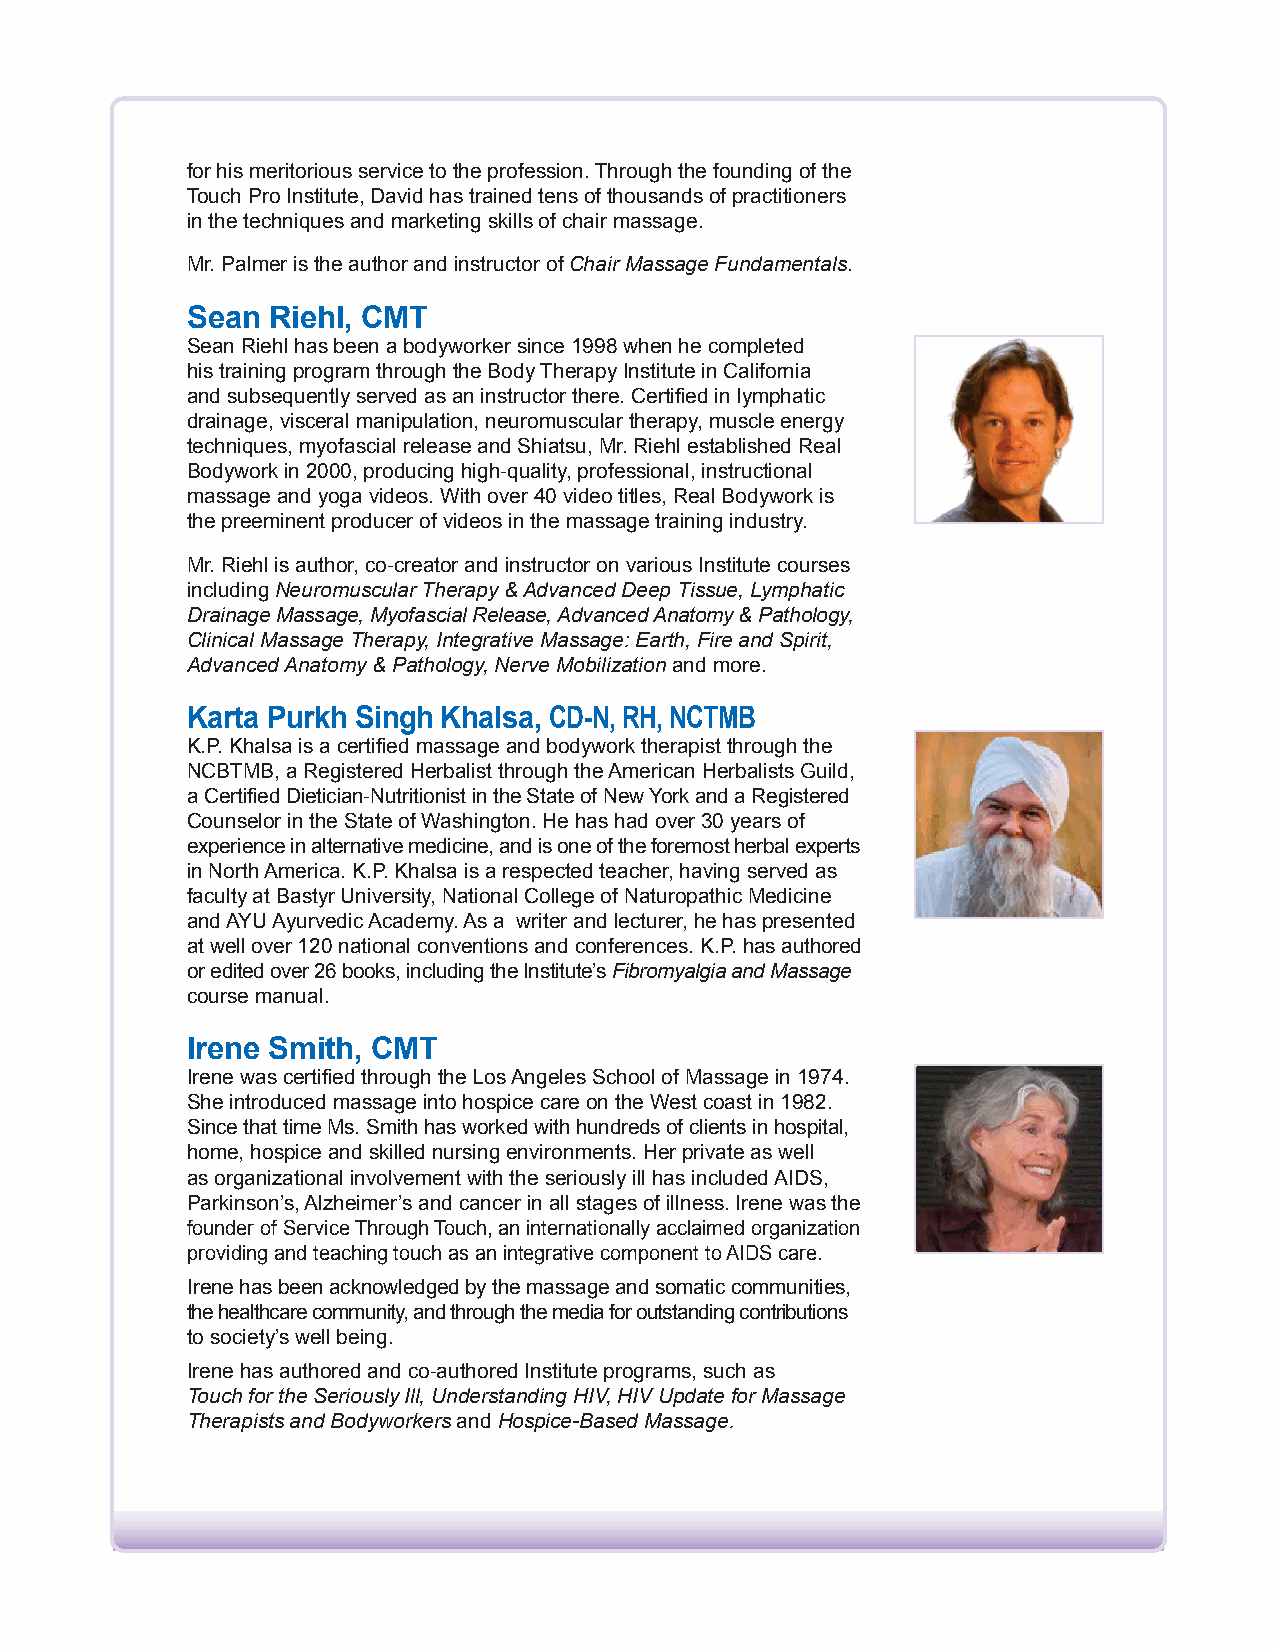
for his meritorious service to the profession. Through the founding of the
 Touch Pro Institute, David has trained tens of thousands of practitioners
 in the techniques and marketing skills of chair massage.
 Mr. Palmer is the author and instructor of Chair Massage Fundamentals.
 Sean  Riehl, CMT
 Sean Riehl has been a bodyworker since 1998 when he completed
 his training program through the Body Therapy Institute in California
 and subsequently served as an instructor there. Certified in lymphatic
 drainage, visceral manipulation, neuromuscular therapy, muscle energy
 techniques, myofascial release and Shiatsu, Mr. Riehl established Real
 Bodywork in 2000, producing high-quality, professional, instructional
 massage and yoga videos. With over 40 video titles, Real Bodywork is
 the preeminent producer of videos in the massage training industry.
 Mr. Riehl is author, co-creator and instructor on various Institute courses
 including Neuromuscular Therapy & Advanced Deep Tissue, Lymphatic
 Drainage Massage, Myofascial Release, Advanced Anatomy & Pathology,
 Clinical Massage Therapy, Integrative Massage: Earth, Fire and Spirit,
 Advanced Anatomy & Pathology, Nerve Mobilization and more.
 Karta Purkh Singh Khalsa, CD-N, RH, NCTMB
 K.P. Khalsa is a certified massage and bodywork therapist through the
 NCBTMB, a Registered Herbalist through the American Herbalists Guild,
 a Certified Dietician-Nutritionist in the State of New York and a Registered
 Counselor in the State of Washington. He has had over 30 years of
 experience in alternative medicine, and is one of the foremost herbal experts
 in North America. K.P. Khalsa is a respected teacher, having served as
 faculty at Bastyr University, National College of Naturopathic Medicine
 and AYU Ayurvedic Academy. As a writer and lecturer, he has presented
 at well over 120 national conventions and conferences. K.P. has authored
 or edited over 26 books, including the Institute’s Fibromyalgia and Massage
 course manual.
 Irene Smith, CMT
 Irene was certified through the Los Angeles School of Massage in 1974.
 She introduced massage into hospice care on the West coast in 1982.
 Since that time Ms. Smith has worked with hundreds of clients in hospital,
 home, hospice and skilled nursing environments. Her private as well
 as organizational involvement with the seriously ill has included AIDS,
 Parkinson’s, Alzheimer’s and cancer in all stages of illness. Irene was the
 founder of Service Through Touch, an internationally acclaimed organization
 providing and teaching touch as an integrative component to AIDS care.
 Irene has been acknowledged by the massage and somatic communities,
 the healthcare community, and through the media for outstanding contributions
 to society’s well being.
 Irene has authored and co-authored Institute programs, such as
 Touch for the Seriously Ill, Understanding HIV, HIV Update for Massage
 Therapists and Bodyworkers and Hospice-Based Massage.